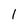
Character: 1